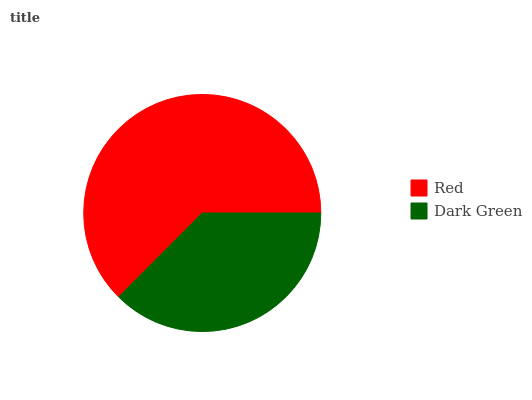
| Red | Dark Green |
 | --- | --- |
 | 62.6% | 37.4% |